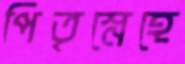
পিতৃস্নেহে